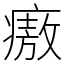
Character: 㾲